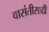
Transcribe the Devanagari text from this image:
वासंतीसाठी